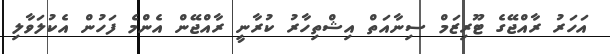
އަހަރު ރާއްޖޭގެ ޓޫރިޒަމް ސިނާއަތް އިޝްތިހާރު ކުރާނީ ރާއްޖޭން އެންމެ ފަހުން އެކުލަވާލި